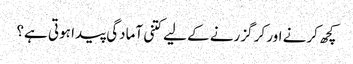
کچھ کرنے اور کر گزرنے کے لیے کتنی آمادگی پیدا ہوتی ہے؟